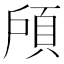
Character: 𱂔